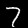
Digit: 7